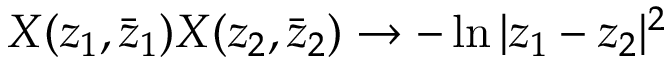
X ( z _ { 1 } , \bar { z } _ { 1 } ) X ( z _ { 2 } , \bar { z } _ { 2 } ) \rightarrow - \ln { | z _ { 1 } - z _ { 2 } | ^ { 2 } }